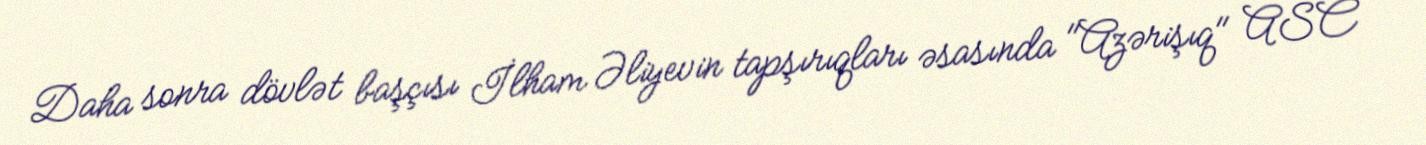
Daha sonra dövlət başçısı İlham Əliyevin tapşırıqları əsasında "Azərişıq" ASC